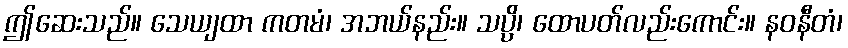
ဤဆေးသည်။ သေယျထာ ကတမံ၊ အဘယ်နည်း။ သပ္ပိ၊ ထောပတ်လည်းကောင်း။ နဝနီတံ၊